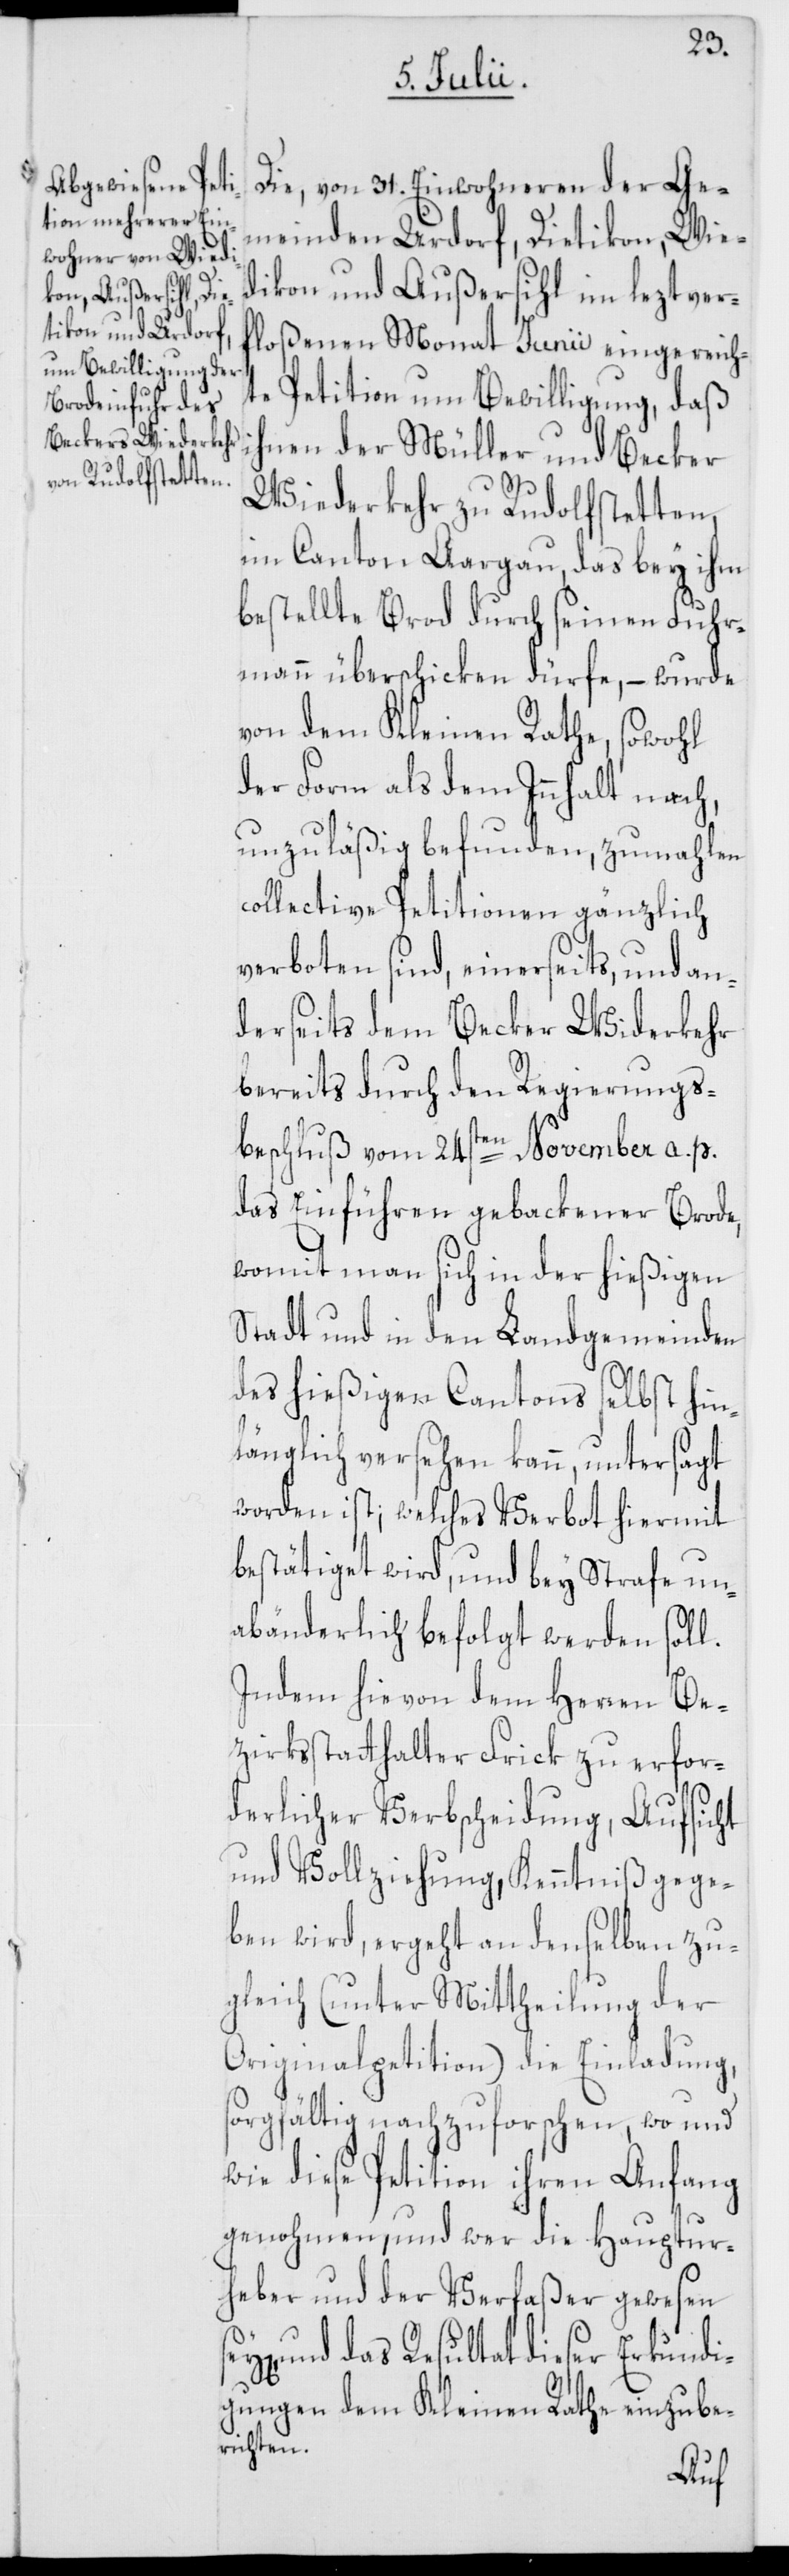
Die, von 31. Einwohneren der Ge¬
meinden Urdorf, Dietikon, Wie¬
dikon und Außersihl im leztver¬
floßenen Monat Junii eingereich¬
te Petition um Bewilligung, daß
ihnen der Müller und Becker
Wiederkehr zu Rudolfstetten
im Canton Aargau, das bey ihm
bestellte Brod durch seinen Fuhr¬
mann überschicken dürfe, – wurde
von dem Kleinen Rathe, sowohl
der Form als dem Innhalt nach,
unzuläßig befunden, zumahlen
collective Petitionen gänzlich
verboten sind, einerseits, und an¬
derseits dem Becker Widerkehr
bereits durch den Regierungs¬
beschluß vom 24sten November a. p.
das Einführen gebackener Brode,
womit man sich in der hießigen
Stadt und in den Landgemeinden
des hießigen Cantons selbst hin¬
länglich versehen kann, untersagt
worden ist; welches Verbot hiermit
bestätiget wird, und bey Strafe un¬
abänderlich befolgt werden soll.
Indem hievon dem Herren Be¬
zirksstatthalter Frick zu erfor¬
derlicher Verbscheidung, Aufsicht
und Vollziehung, Kenntniß gege¬
ben wird, ergeht an denselben zu¬
gleich (unter Mittheilung der
Originalpetition) die Einladung,
sorgfältig nachzuforschen, wo und
wie diese Petition ihren Anfang
genohmen, und wer die Hauptur¬
heber und der Verfaßer gewesen
und das Resultat dieser Erkundi¬
gungen dem Kleinen Rathe einzube¬
richten.